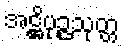
အဋ္ဌိပုဉ္ဇသုတ္တ